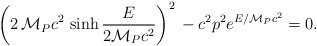
\begin{align*} \left(2\,{\cal M}_P c^2\,\sinh \frac{E}{2{\cal M}_P c^2}\right)^2\, -c^2p^2 e^{E/{\cal M}_Pc^2} =0.\end{align*}